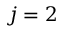
j = 2